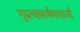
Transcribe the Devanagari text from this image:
गुरुत्वाकर्षणाएवजी